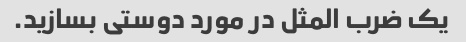
یک ضرب المثل در مورد دوستی بسازید.